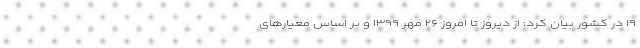
۱۹ در کشور بیان کرد: از دیروز تا امروز ۲۶ مهر ۱۳۹۹ و بر اساس معیارهای